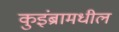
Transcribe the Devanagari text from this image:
कुइंब्रामधील